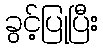
ခွင့်ပြုပြီး